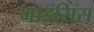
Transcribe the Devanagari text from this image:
माइसिस